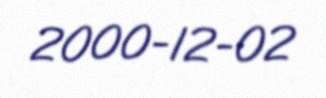
2000-12-02